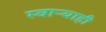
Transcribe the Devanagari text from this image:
स्वाऱ्याही